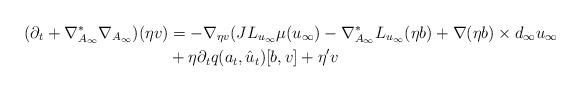
LaTeX: \begin{align*}(\partial_t + \nabla_{A_{\infty}}^* \nabla_{A_{\infty}}) (\eta v) &= - \nabla_{\eta v} (J L_{u_{\infty}} \mu(u_{\infty}) - \nabla_{A_{\infty}}^* L_{u_{\infty}} (\eta b) + \nabla (\eta b) \times d_{\infty} u_{\infty} \\& + \eta \partial_t q(a_t, \hat{u}_t) [b, v] + \eta' v\end{align*}